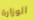
الوزارة